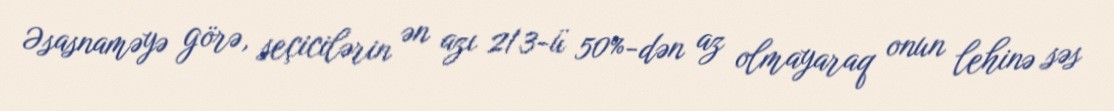
Əsasnaməyə görə, seçicilərin ən azı 2/3-ü 50%-dən az olmayaraq onun lehinə səs